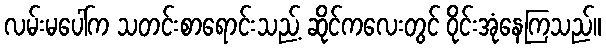
လမ်းမပေါ်က သတင်းစာရောင်းသည့် ဆိုင်ကလေးတွင် ဝိုင်းအုံနေကြသည်။